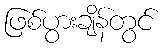
ဖြစ်ပွားချိန်တွင်